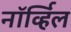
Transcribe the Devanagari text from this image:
नॉर्व्हिल